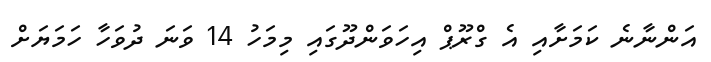
އަންނާނެ ކަމަށާއި އެ ގްރޫޕް އިހަވަންދޫގައި މިމަހު 14 ވަނަ ދުވަހާ ހަމަޔަށް